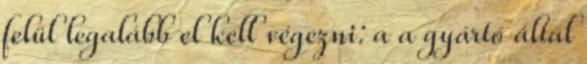
felül legalább el kell végezni: a a gyártó által